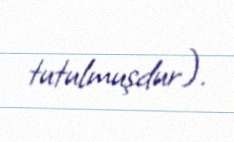
tutulmuşdur).